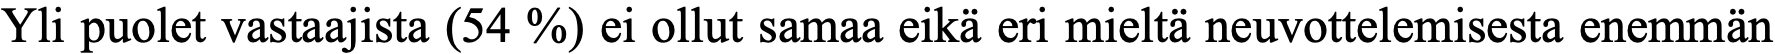
Yli puolet vastaajista (54 %) ei ollut samaa eikä eri mieltä neuvottelemisesta enemmän